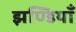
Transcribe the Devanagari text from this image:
झण्डियाँ